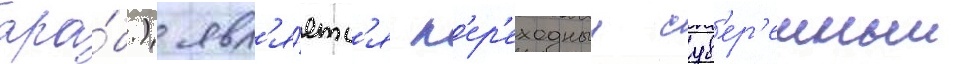
ара́б.) явл'я́етс'я п'ер'еходныи сув'ер'енныи